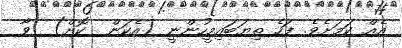
އެއް ކަމަށެވެ. ފަހެ ތިޔަބައިމީހުންނީ (އެކަން  ކޮށް)  ވާ